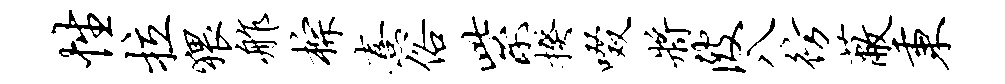
性拉猥舴棕熹俗紫揆啜将陂八彷蔽秉